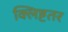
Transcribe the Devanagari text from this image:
क्लिष्टतर